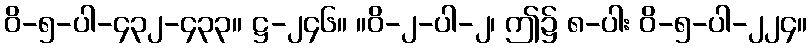
ဝိ-၅-ပါ-၄၃၂-၄၃၃။ ဋ္ဌ-၂၄၆။ ။ဝိ-၂-ပါ-၂၊ ဤ၌ ၈-ပါး ဝိ-၅-ပါ-၂၂၄။